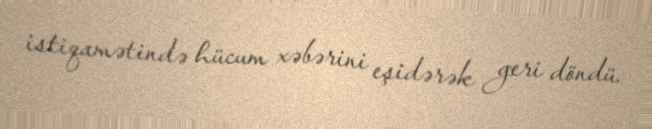
istiqamətində hücum xəbərini eşidərək geri döndü.